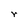
Character: r